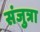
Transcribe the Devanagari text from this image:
संजुत्रा